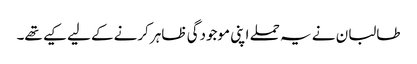
طالبان نے یہ حملے اپنی موجودگی ظاہر کرنےکے لیے کیے تھے۔